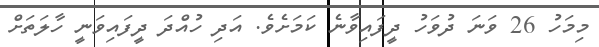
މިމަހު 26 ވަނަ ދުވަހު ދީފައިވާނެ ކަމަށެވެ. އަދި ހުއްދަ ދީފައިވަނީ ހާލަތަށް